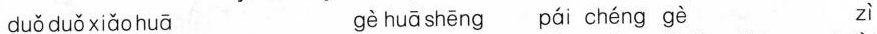
du\check{o} du\check{o} xi\check{a}o hu\bar{a} g\grave{e} hu\bar{a} sh\bar{e}ng p\acute{a}i ch\acute{e}ng g\grave{e} z\grave{i}